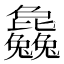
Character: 𣬚